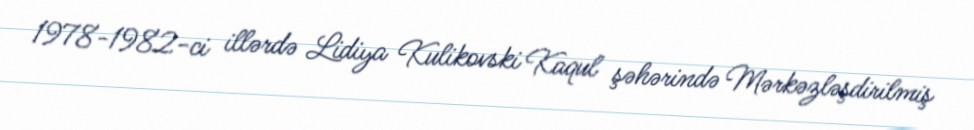
1978-1982-ci illərdə Lidiya Kulikovski Kaqul şəhərində Mərkəzləşdirilmiş